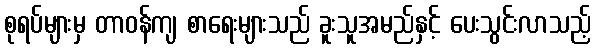
စုရပ်များမှ တာဝန်ကျ စာရေးများသည် ခူးသူအမည်နှင့် ပေးသွင်းလာသည့်